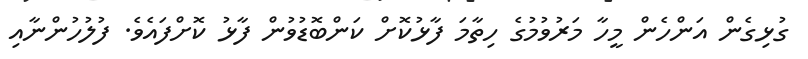
ގުޅިގެން އަންހެން މީހާ މަރުވުމުގެ ހިތާމަ ފާޅުކޮށް ކަންބޮޑުވުން ފާޅު ކޮށްފައެވެ. ފުލުހުންނާއި